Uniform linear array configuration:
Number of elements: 64
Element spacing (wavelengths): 0.75
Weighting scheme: binomial
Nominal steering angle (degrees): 15
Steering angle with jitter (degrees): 16.957
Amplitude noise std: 0.05
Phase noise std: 0.05

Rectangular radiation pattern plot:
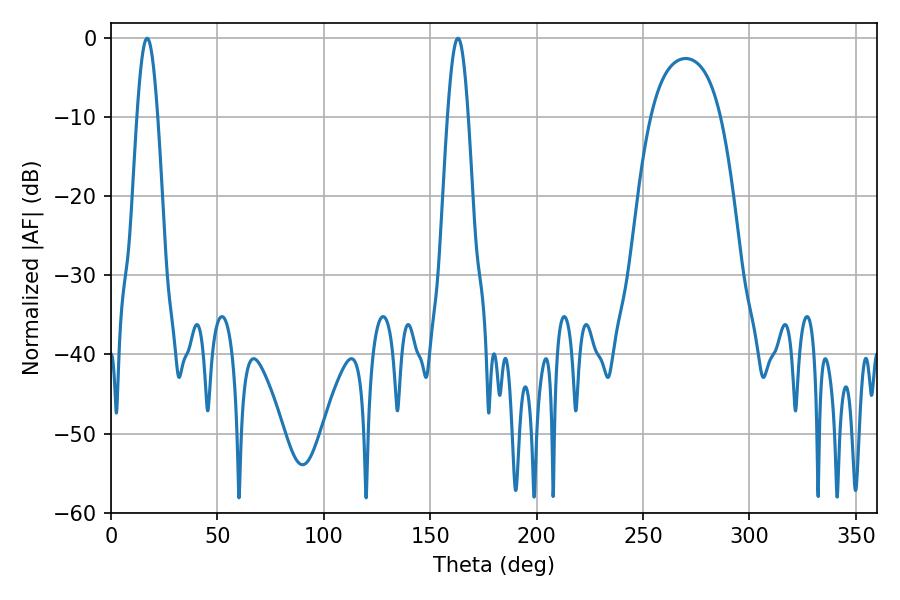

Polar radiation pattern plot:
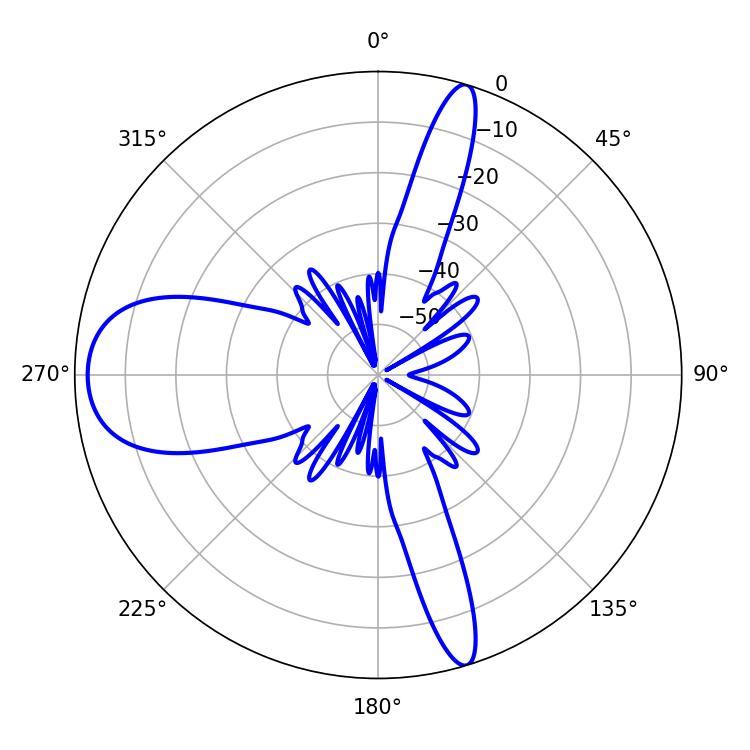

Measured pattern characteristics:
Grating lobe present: TRUE
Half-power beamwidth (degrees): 5.22
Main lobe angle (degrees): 16.92